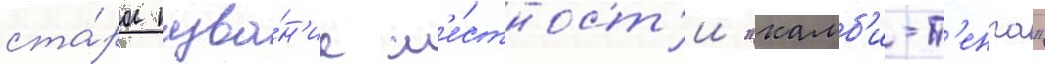
ста́рое назва́н'ие м'е́стност'и "камб'и-т'енга"